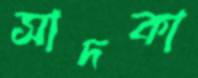
সাদকা